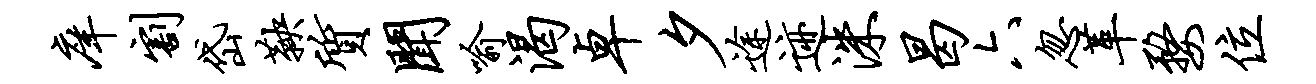
庠割岱鞅质闻喻渴卓夕途迹洙曷六忽革婺位